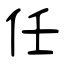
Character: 任